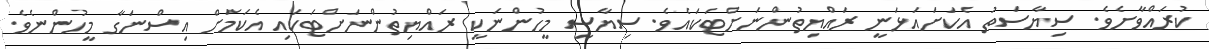
ކުރައްވާށެވެ. ސިޔާސަތު އެކަށައަޅަނީ ރައްޔިތުންނަށްޓަކައެވެ. ސިޔާސީ މީހުންނަކީ ރައްޔިތުންނަށްޓަކައި އެކަމަށް އިސްނަގާ މީހުންނެވެ.